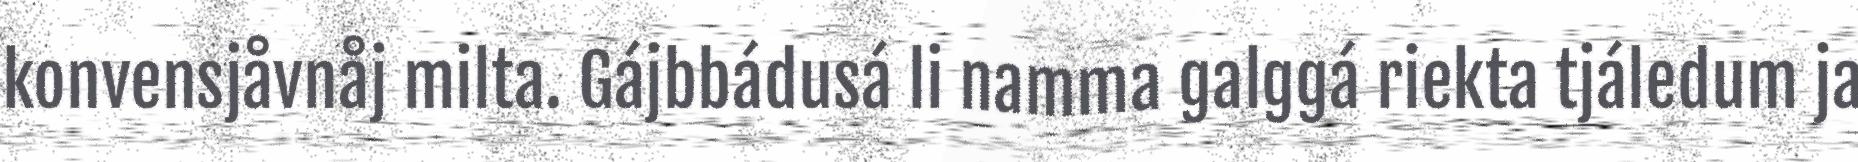
konvensjåvnåj milta. Gájbbádusá li namma galggá riekta tjáledum ja